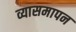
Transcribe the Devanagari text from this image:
व्यासमापन